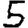
Digit: 5